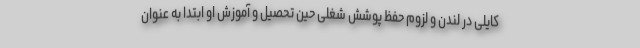
کایلی در لندن و لزوم حفظ پوشش شغلی حین تحصیل و آموزش او ابتدا به عنوان